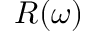
R ( \omega )